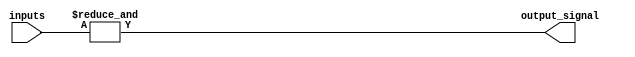
module N_input_AND_gate #(parameter N = 2)
(
    input [N-1:0] inputs, // N input signals
    output output_signal // Output signal
);

assign output_signal = & inputs;

endmodule